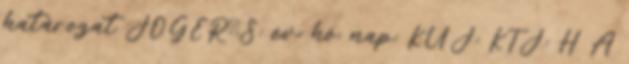
határozat JOGERŐS: év: hó: nap: KÜJ: KTJ: H A